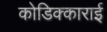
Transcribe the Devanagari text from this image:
कोडिक्काराई